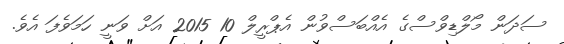
ސަދަން މޯލްޑިވްސްގެ އެއްބަސްވުން އެޕްރީލް 10 2015 އަށް ވަނީ ހަމަވެފަ އެވެ.